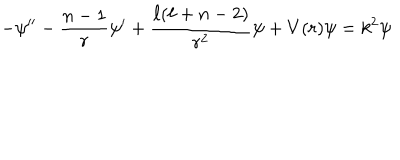
- \psi ^ { \prime \prime } - \frac { n - 1 } { r } \psi ^ { \prime } + \frac { \ell ( \ell + n - 2 ) } { r ^ { 2 } } \psi + V ( r ) \psi = k ^ { 2 } \psi